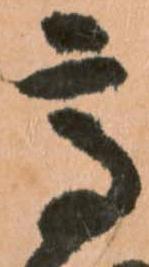
高